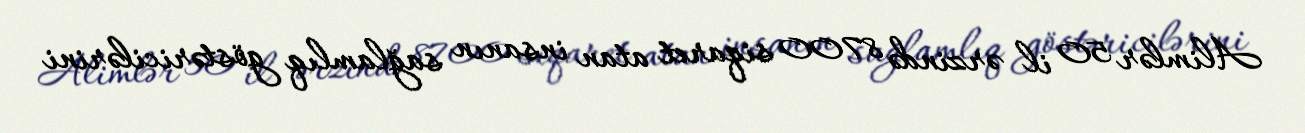
Alimlər 50 il ərzində 8700 siqaret atan insanın sağlamlıq göstəricilərini